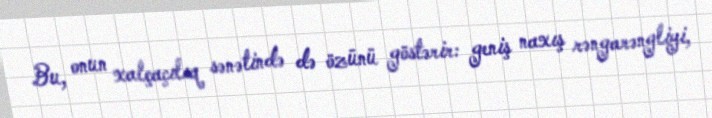
Bu, onun xalçaçılıq sənətində də özünü göstərir: geniş naxış rəngarəngliyi,